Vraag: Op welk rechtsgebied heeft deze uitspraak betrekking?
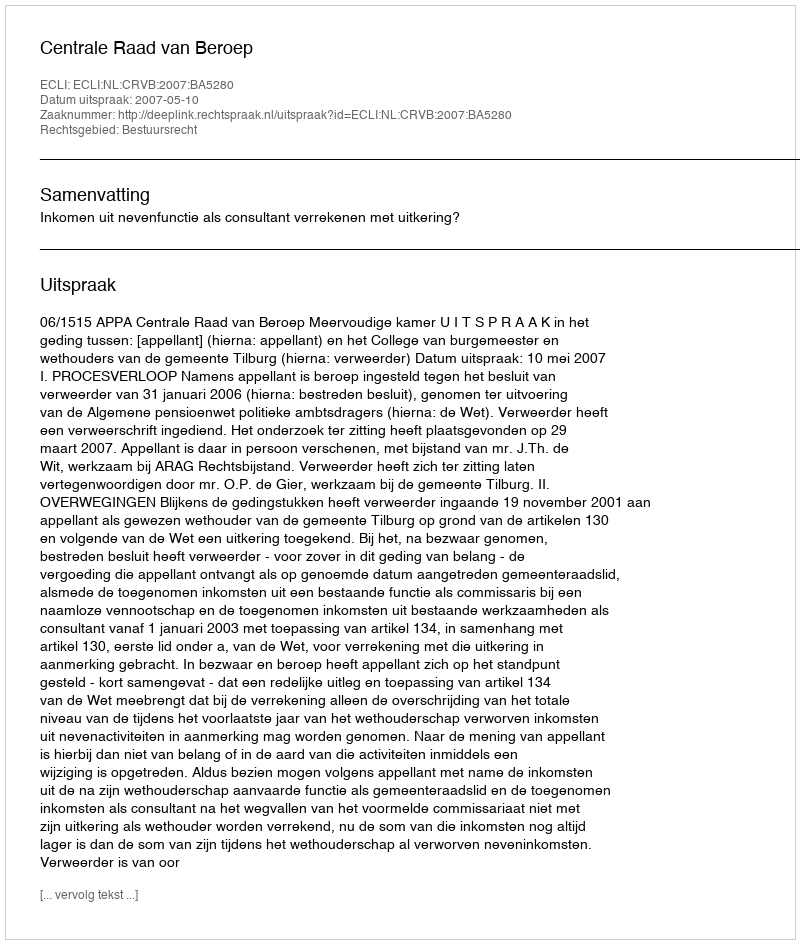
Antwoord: Bestuursrecht